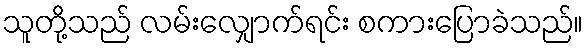
သူတို့သည် လမ်းလျှောက်ရင်း စကားပြောခဲသည်။